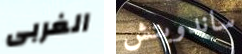
الغربى ساندويتش